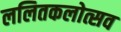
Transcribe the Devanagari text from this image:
ललितकलोत्सव